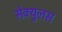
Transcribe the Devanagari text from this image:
सेक्युलस